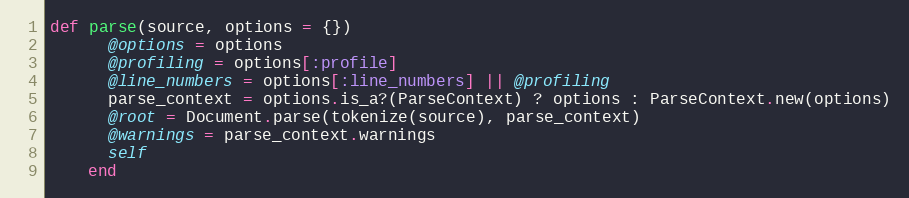
Language: Ruby
def parse(source, options = {})
      @options = options
      @profiling = options[:profile]
      @line_numbers = options[:line_numbers] || @profiling
      parse_context = options.is_a?(ParseContext) ? options : ParseContext.new(options)
      @root = Document.parse(tokenize(source), parse_context)
      @warnings = parse_context.warnings
      self
    end